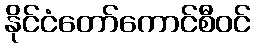
နိုင်ငံတော်ကောင်စီဝင်